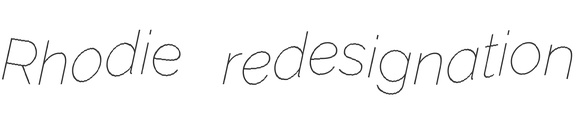
Rhodie redesignation